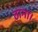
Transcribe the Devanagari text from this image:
ठाना।